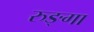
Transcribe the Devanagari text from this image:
रुङ्गा